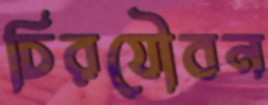
চিরযৌবন